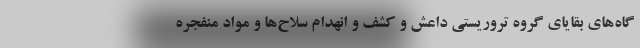
گاه‌های بقایای گروه تروریستی داعش و کشف و انهدام سلاح‌ها و مواد منفجره